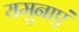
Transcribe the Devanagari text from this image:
यमुनाएं